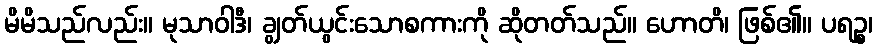
မိမိသည်လည်း။ မုသာဝါဒီ၊ ချွတ်ယွင်းသောစကားကို ဆိုတတ်သည်။ ဟောတိ၊ ဖြစ်၏။ ပရဉ္စ၊